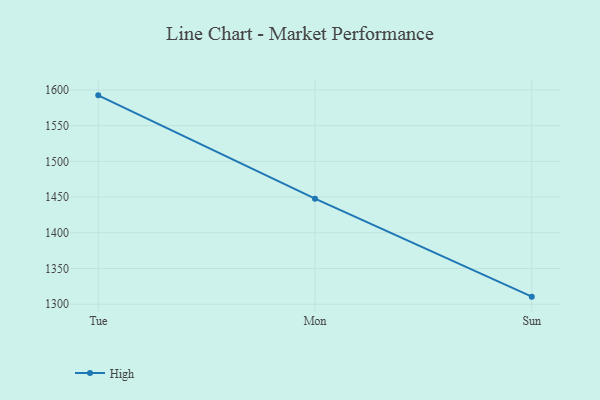
{"axis": {"x": "Day", "y": "Page Views"}, "legend": ["High"], "data": [{"x": "Tue", "y": 1592.5, "type": "High"}, {"x": "Mon", "y": 1447.8, "type": "High"}, {"x": "Sun", "y": 1310.6, "type": "High"}]}